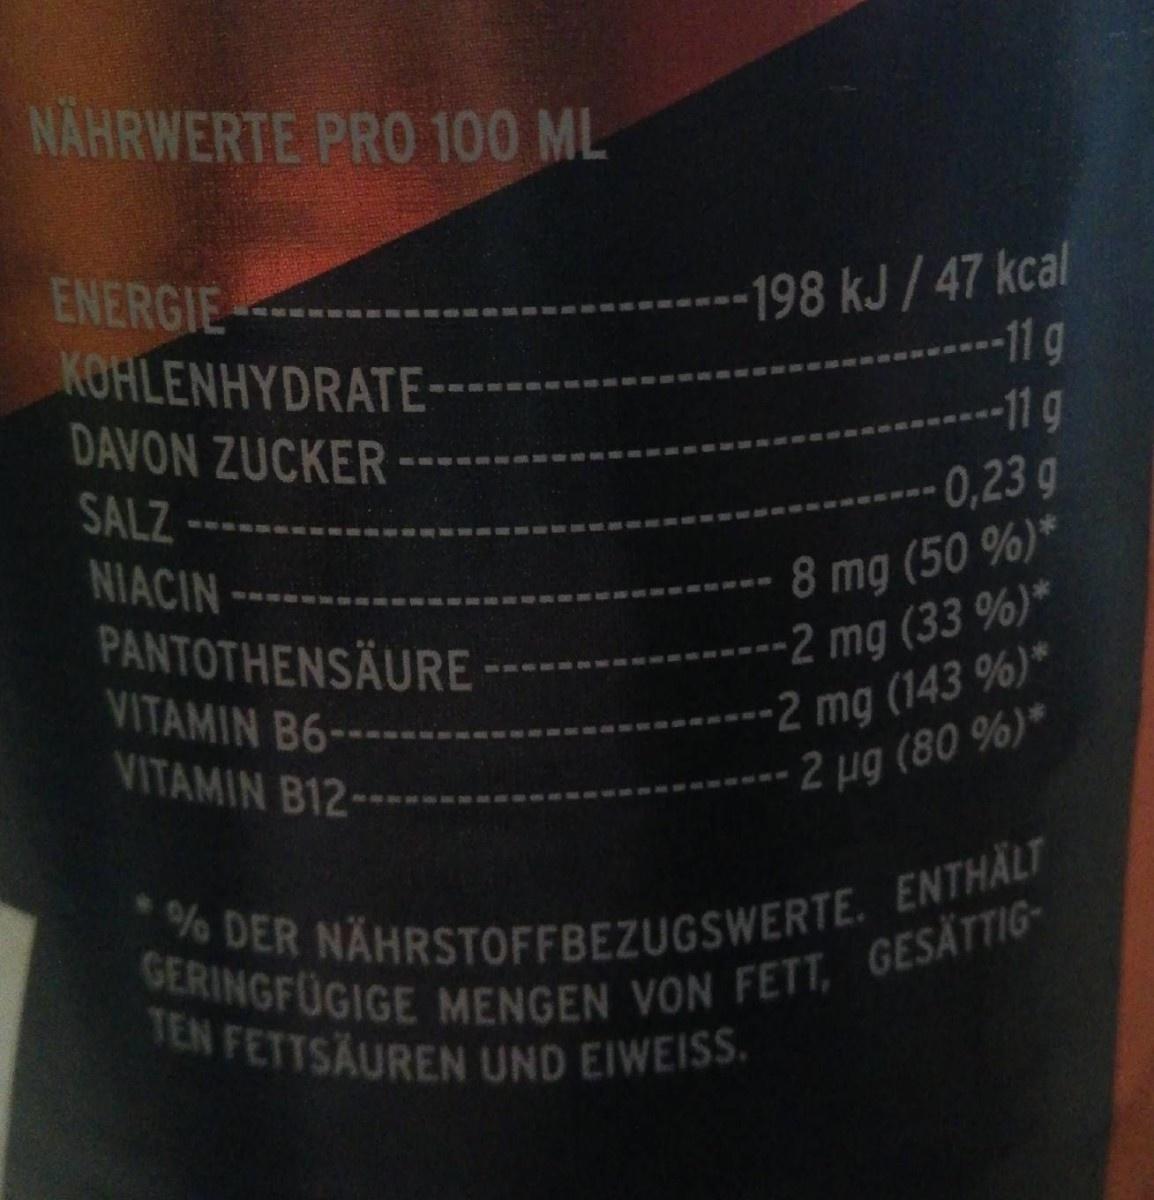
NÄHRWERTE PRO 100 ML
ENERGIE KOHLENHYDRATE--
198 kJ/47 kcal -11g --11g
DAVON ZUCKER
SALZ
0,23 g
8 mg (50 %)* 2 mg (33 %)* 2 mg (143 %)* 2 ug (80 %)*
NIACIN
PANTOTHENSÄURE VITAMIN B6- VITAMIN B12-
% DER NÄHRSTOFFBEZUGSWERTE. ENTHALT
GERINGFÜGIGE MENGEN VON FETT, GESÄTTIG- TEN FETTSAUREN UND EIWEISS.